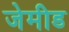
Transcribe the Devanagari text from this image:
जेमीड